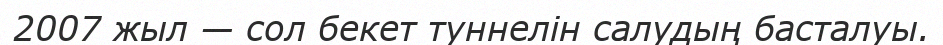
2007 жыл — сол бекет туннелін салудың басталуы.